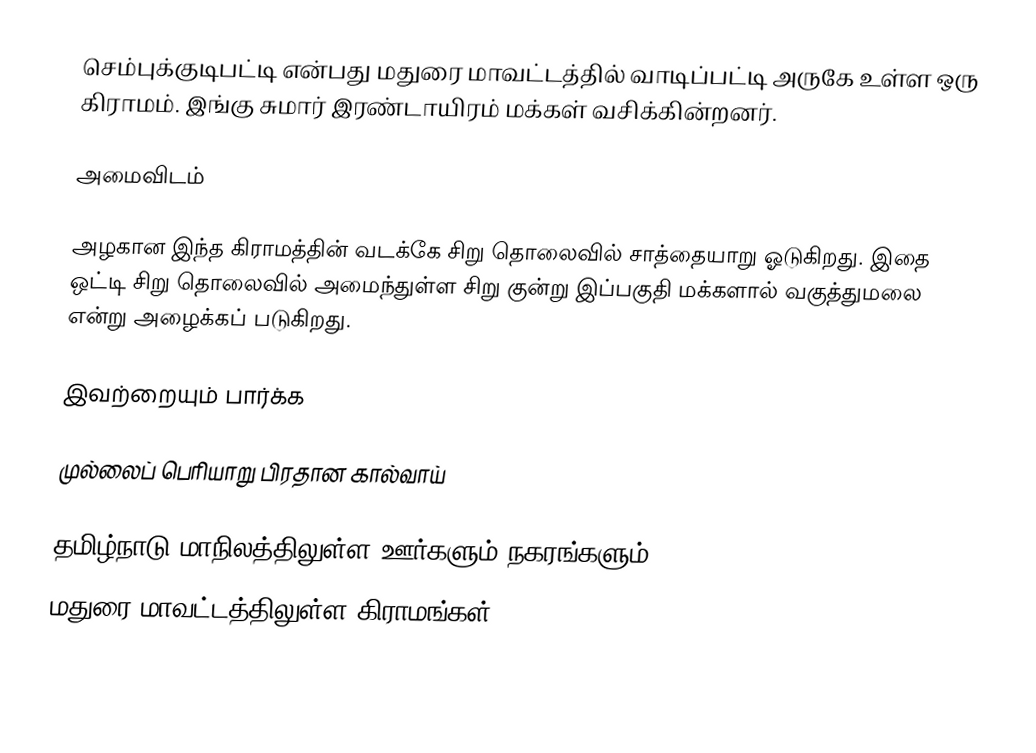
செம்புக்குடிபட்டி என்பது மதுரை மாவட்டத்தில் வாடிப்பட்டி அருகே உள்ள ஒரு கிராமம். இங்கு சுமார் இரண்டாயிரம் மக்கள் வசிக்கின்றனர்.

அமைவிடம்

அழகான இந்த கிராமத்தின் வடக்கே சிறு தொலைவில் சாத்தையாறு ஓடுகிறது. இதை ஒட்டி சிறு தொலைவில் அமைந்துள்ள சிறு குன்று இப்பகுதி மக்களால் வகுத்துமலை என்று அழைக்கப் படுகிறது.

இவற்றையும் பார்க்க

 முல்லைப் பெரியாறு பிரதான கால்வாய்

தமிழ்நாடு மாநிலத்திலுள்ள ஊர்களும் நகரங்களும்
மதுரை மாவட்டத்திலுள்ள கிராமங்கள்